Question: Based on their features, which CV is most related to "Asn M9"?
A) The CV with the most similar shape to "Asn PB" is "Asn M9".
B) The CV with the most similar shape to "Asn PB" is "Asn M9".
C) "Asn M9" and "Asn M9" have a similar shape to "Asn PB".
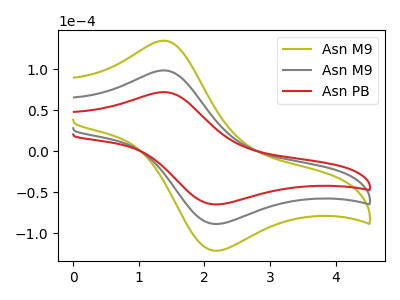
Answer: <think>The olive curve "Asn M9" has an anodic peak at (1.40V, 197.20uA) and a cathodic peak at (2.20V, -177.20uA). The gray curve "Asn M9" has an anodic peak at (1.40V, 98.60uA) and a cathodic peak at (2.20V, -88.60uA). The red curve "Asn PB" has an anodic peak at (1.40V, 72.10uA) and a cathodic peak at (2.20V, -64.80uA).
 All the peaks in "Asn M9" have a peak in "Asn M9" at the same potential. Every peak in "Asn M9" is higher than every peak in "Asn M9". All the peaks in "Asn M9" have a peak in "Asn PB" at the same potential. Every peak in "Asn M9" is higher than every peak in "Asn PB". All the peaks in "Asn M9" have a peak in "Asn PB" at the same potential. Every peak in "Asn M9" is higher than every peak in "Asn PB".</think>
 <answer>C) "Asn M9" and "Asn M9" have a similar shape to "Asn PB".</answer>
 <eval>C</eval>